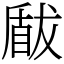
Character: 瞂